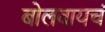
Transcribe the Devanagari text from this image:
बोलवायचं